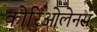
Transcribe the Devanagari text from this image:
कोरिओलेनस